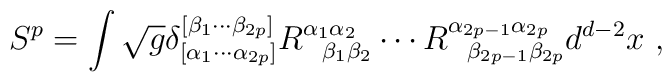
S^p = \int \sqrt{g}\delta_{[\alpha_1 \cdots \alpha_{2p}]}^{[\beta_1\cdots \beta_{2p}]} R^{\alpha_1 \alpha_2}_{\;\;\;\beta_1\beta_2}\cdots R^{\alpha_{2p-1} \alpha_{2p}}_{\;\;\;\beta_{2p-1} \beta_{2p}} d^{d-2}x \ ,